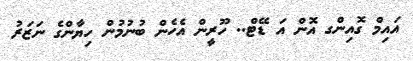
އައިމް ގޮއިންގ އޮން އަ ޑޭޓް.. ހޫރީން އެހެން ބުނުމުން ހިޔާންގެ ނަޒަރު